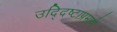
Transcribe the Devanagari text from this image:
उद्दिष्टाप्रमाणे